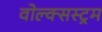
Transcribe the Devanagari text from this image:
वोल्क्सस्ट्रम